Vaccination in the Punjab 1867-1880 - 1867-1880
Year: 1867
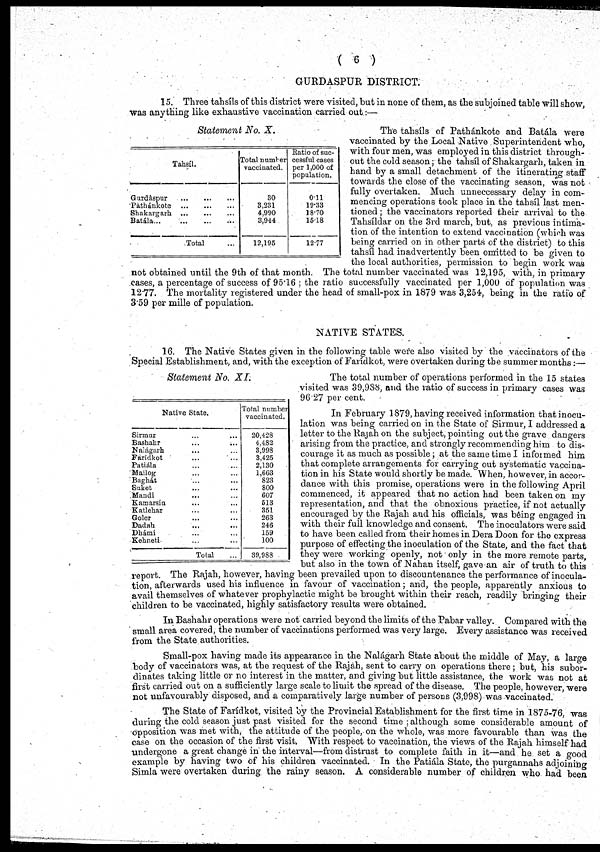
( 6 )
GURDASPUR DISTRICT.
15. Three tahsíls of this district were visited, but in none of them, as the subjoined table will show,
was anything like exhaustive vaccination carried out:—
Statement No. X.
Tahsíl.
Gurdâspur
...
...
...
Pàthánkotce
...
...
...
Shakargarh
...
...
...
Batála
...
...
...
...
Total ...
Total number
vaccinated.
30
3,231
4,990
3,944
12,195
Ratio of suc-
cessful cases
per 1,000 of
population.
0.11
19.33
18.70
15.18
12.77
The tahsíls of Pathánkote and Batála were
vaccinated by the Local Native Superintendent who,
with four men, was employed in this district through-
out the cold season; the tahsíl of Shakargarh, taken in
hand by a small detachment of the itinerating staff
towards the close of the vaccinating season, was not
fully overtaken. Much unnecessary delay in com-
mencing operations took place in the tahsíl last men-
tioned ; the vaccinators reported their arrival to the
Tahsíldar on the 3rd march, but, as previous intima-
tion of the intention to extend vaccination (which was
being carried on in other parts of the district) to this
tahsíl had inadvertently been omitted to be given to
the local authorities, permission to begin work was
not obtained until the 9th of that month. The total number vaccinated was 12,195, with, in primary
cases, a percentage of success of 95.16 ; the ratio successfully vaccinated per 1,000 of population was
12.77. The mortality registered under the head of small-pox in 1879 was 3,254, being in the ratio of
3.59 per mille of population.
NATIVE STATES.
Statement No. XI.
Native State.
Sirmur ... ...
Bashabr ... ...
Nalagarh ... ...
Faridkot ... ...
Patiála ... ...
Mailog ... ...
Baghát ... ...
Suket ... ...
Mandi ... ...
Kamarsin ... ...
Katlehar ... ...
Goler ... ...
Dadah ... ...
Dhámi ... ...
Kehneti ... ...
Total ...
Total number
vaccinated.
20,428
4,482
3,998
3,425
2,130
1,663
823
800
607
513
351
263
246
159
100
39,988
16. The Native States given in the following table were also visited by the vaccinators of the
Special Establishment, and, with the exception of Faridkot, were overtaken during the summer months:-
The total number of operations performed in the 15 states
visited was 39,988, and the ratio of success in primary cases was
90.27 per cent.
In February 1879, having received information that inocu-
lation was being carried on in the State of Sirmur, I addressed a
letter to the Rajah on the subject, pointing out the grave dangers
arising from the practice, and strongly recommending him to dis-
courage it as much as possible; at the same time I informed him
that complete arrangements for carrying out systematic vaccina-
tion in his State would shortly be made. When, however, in accor-
dance with this promise, operations were in the following April
commenced, it appeared that no action had been taken on my
representation, and that the obnoxious practice, if not actually
encouraged by the Rajah and his officials, was being engaged in
with their full knowledge and consent. The inoculators were said
to have been called from their homes in Dera Doon for the express
purpose of effecting the inoculation of the State, and the fact that
they were working openly, not only in the more remote parts,
but also in the town of Nahan itself, gave an air of truth to this
report. The Rajah, however, having been prevailed upon to discountenance the performance of inocula-
tion, afterwards used his influence in favour of vaccination; and, the people, apparently anxious to
avail themselves of whatever prophylactic might be brought within their reach, readily bringing their
children to be vaccinated, highly satisfactory results were obtained.
In Bashahr operations were not carried beyond the limits of the Pabar valley. Compared with the
small area covered, the number of vaccinations performed was very large. Every assistance was received
from the State authorities.
Small-pox having made its appearance in the Nalágarh State about the middle of May, a large
body of vaccinators was, at the request of the Rajah, sent to carry on operations there ; but, his subor-
dinates taking little or no interest in the matter, and giving but little assistance, the work was, not at
first carried out on a sufficiently large scale to limit the spread of the disease. The people, however were
not unfavourably disposed, and a comparatively large number of persons (3,998) was vaccinated.
The State of Farídkot, visited by the Provincial Establishment for the first time in 1875-76, was
during the cold season just past visited for the second time ; although some considerable amount of
opposition was met with, the attitude of the people, on the whole, was more favourable than was the
case on the occasion of the first visit. With respect to vaccination, the views of the Rajah himself had
undergone a great change in the interval—from distrust to complete faith in it—and he set a good
example by having two of his children vaccinated. In the Patiála State, the purgannahs adjoining
Simla were overtaken during the rainy season. A considerable number of children who had been